Indian journal of veterinary science and animal husbandry - Volume 5,
Year: 1935
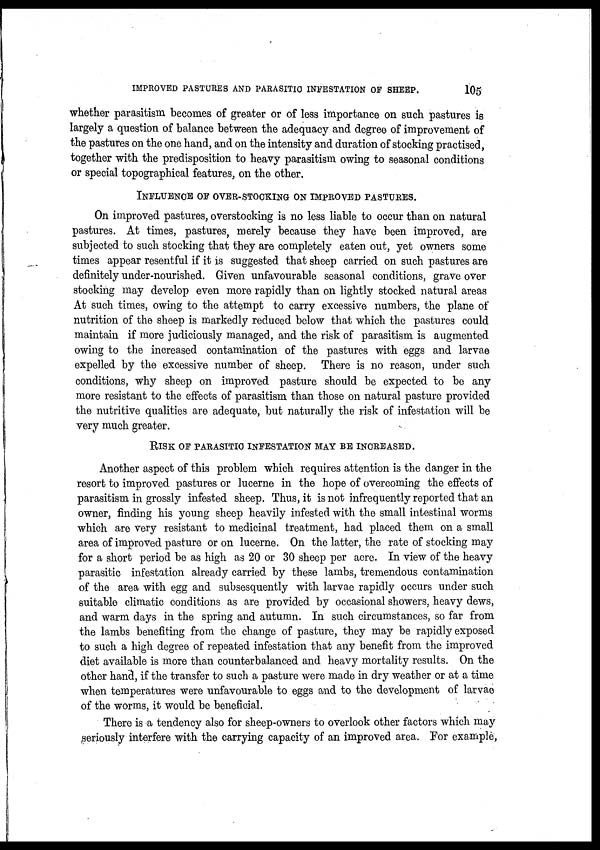
IMPROVED PASTURES AND PARASITIC INFESTATION OF SHEEP.
105
whether parasitism becomes of greater or of less importance on such pastures is
largely a question of balance between the adequacy and degree of improvement of
the pastures on the one hand, and on the intensity and duration of stocking practised,
together with the predisposition to heavy parasitism owing to seasonal conditions
or special topographical features, on the other.
INFLUENCE OF OVER-STOCKING ON IMPROVED PASTURES.
On improved pastures, overstocking is no less liable to occur than on natural
pastures. At times, pastures, merely because they have been improved, are
subjected to such stocking that they are completely eaten out, yet owners some
times appear resentful if it is suggested that sheep carried on such pastures are
definitely under-nourished. Given unfavourable seasonal conditions, grave over
stocking may develop even more rapidly than on lightly stocked natural areas
At such times, owing to the attempt to carry excessive numbers, the plane of
nutrition of the sheep is markedly reduced below that which the pastures could
maintain if more judiciously managed, and the risk of parasitism is augmented
owing to the increased contamination of the pastures with eggs and larvae
expelled by the excessive number of sheep. There is no reason, under such
conditions, why sheep on improved pasture should be expected to be any
more resistant to the effects of parasitism than those on natural pasture provided
the nutritive qualities are adequate, but naturally the risk of infestation will be
very much greater.
RISK OF PARASITIC INFESTATION MAY BE INCREASED.
Another aspect of this problem which requires attention is the danger in the
resort to improved pastures or lucerne in the hope of overcoming the effects of
parasitism in grossly infested sheep. Thus, it is not infrequently reported that an
owner, finding his young sheep heavily infested with the small intestinal worms
which are very resistant to medicinal treatment, had placed them on a small
area of improved pasture or on lucerne. On the latter, the rate of stocking may
for a short period be as high as 20 or 30 sheep per acre. In view of the heavy
parasitic infestation already carried by these lambs, tremendous contamination
of the area with egg and subsesquently with larvae rapidly occurs under such
suitable climatic conditions as are provided by occasional showers, heavy dews,
and warm days in the spring and autumn. In such circumstances, so far from
the lambs benefiting from the change of pasture, they may be rapidly exposed
to such a high degree of repeated infestation that any benefit from the improved
diet available is more than counterbalanced and heavy mortality results. On the
other hand, if the transfer to such a pasture were made in dry weather or at a time
when temperatures were unfavourable to eggs and to the development of larvae
of the worms, it would be beneficial.
There is a tendency also for sheep-owners to overlook other factors which may
seriously interfere with the carrying capacity of an improved area. For example,